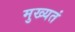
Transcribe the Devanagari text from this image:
मुख्यतं